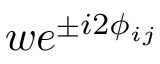
w e ^ { \pm i 2 \phi _ { i j } }